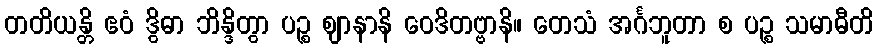
တတိယန္တိ ဧဝံ ဒွိဓာ ဘိန္ဒိတွာ ပဉ္စ ဈာနာနိ ဝေဒိတဗ္ဗာနိ။ တေသံ အင်္ဂဘူတာ စ ပဉ္စ သမာဓီတိ